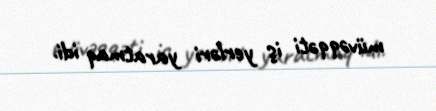
müvəqqəti iş yerləri yaratmaq idi.